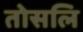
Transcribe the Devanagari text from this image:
तोसलि